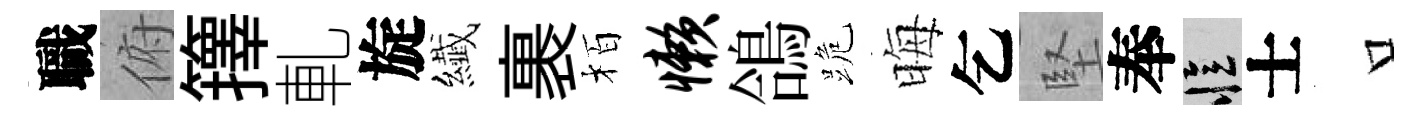
職俯籜軋旋纎裹栢懒鴿跪晦乞堅奉忆士口